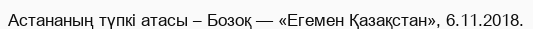
Астананың түпкі атасы – Бозоқ — «Егемен Қазақстан», 6.11.2018.